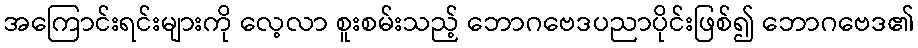
အကြောင်းရင်းများကို လေ့လာ စူးစမ်းသည့် ဘောဂဗေဒပညာပိုင်းဖြစ်၍ ဘောဂဗေဒ၏